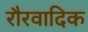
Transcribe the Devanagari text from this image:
रौरवादिक